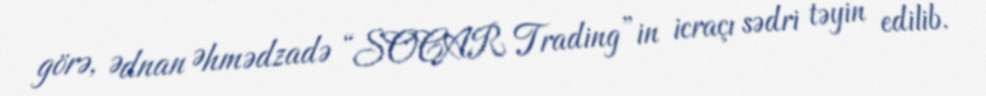
görə, Ədnan Əhmədzadə “SOCAR Trading”in icraçı sədri təyin edilib.